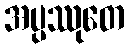
အပ္ပဿုတေ